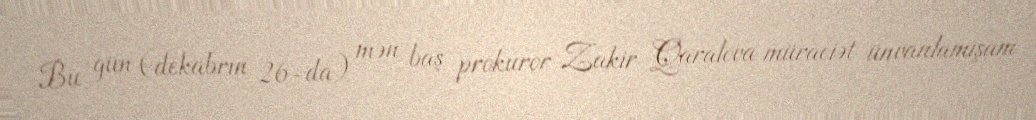
Bu gün (dekabrın 26-da) mən baş prokuror Zakir Qaralova müraciət ünvanlamışam